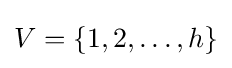
V=\{1,2,\ldots ,h\}